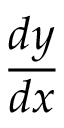
\frac { d y } { d x }